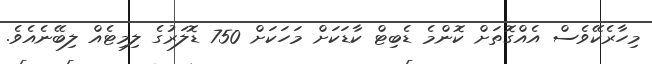
މިހާރެކޭވެސް އެއްގޮތަށް ކޮންމެ ޑެބިޓް ކާޑަކަށް މަހަކަށް 750 ޑޮލަރުގެ ލިމިޓެއް ލިބޭނެއެވެ.